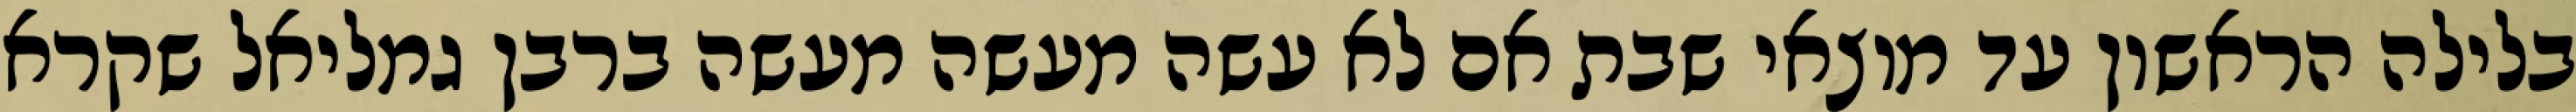
בלילה הראשון עד מוצאי שבת אם לא עשה מעשה מעשה ברבן גמליאל שקרא